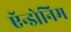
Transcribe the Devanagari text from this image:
ऍन्डोनिम